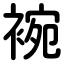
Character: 䘼